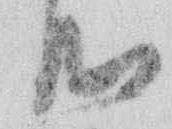
心